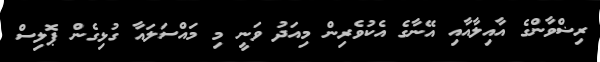
ރިޟްވާންގެ އާއިލާއާއި އޭނާގެ އެކުވެރިން މިއަދު ވަނީ މި މައްސަލައާ ގުޅިގެން ޕޮލިސް